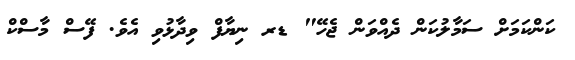
ކަންކަމަށް ސަމާލުކަން ދެއްވަން ޖެހޭ" ޑރ ނިޔާފް ވިދާޅުވި އެވެ. ފޭސް މާސްކް